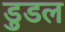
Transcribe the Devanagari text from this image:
डुडल